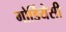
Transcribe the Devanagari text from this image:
गोर्डियेसी